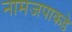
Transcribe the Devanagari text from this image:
नामजपाकडे